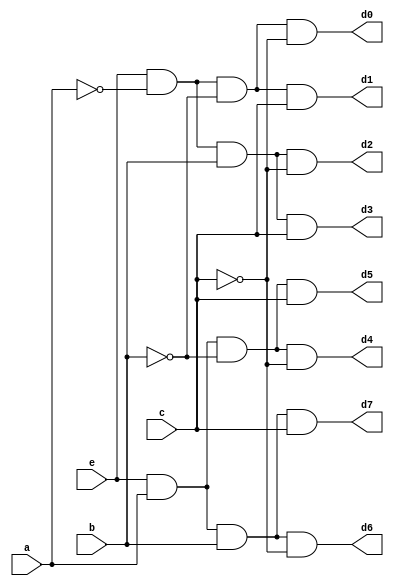
`timescale 1ns / 1ps
//////////////////////////////////////////////////////////////////////////////////
// Company: 
// Engineer: 
// 
// Design Name: 
// Module Name: Decoder_structural_source
// Project Name: 
// Target Devices: 
// Tool Versions: 
// Description: 
// 
// Dependencies: 
// 
// Revision:
// Revision 0.01 - File Created
// Additional Comments:
// 
//////////////////////////////////////////////////////////////////////////////////


module Decoder_structural_source(
    input e,
    input a,
    input b,
    input c,
    output d0,
    output d1,
    output d2,
    output d3,
    output d4,
    output d5,
    output d6,
    output d7
    );
    
    //Defining wires for not signals
    wire a_not, b_not, c_not;
    
    //Instantiating Not gates as per the schematic
    not n0 (a_not, a);
    not n1 (b_not, b);
    not n2 (c_not, c);
    
    //Instantiating And gates as per the schematic
    
    and g0 (d0, e, a_not, b_not, c_not);
    and g1 (d1, e, a_not, b_not, c);
    and g2 (d2, e, a_not, b, c_not);
    and g3 (d3, e, a_not, b, c);
    and g4 (d4, e, a, b_not, c_not);
    and g5 (d5, e, a, b_not, c);
    and g6 (d6, e, a, b, c_not);
    and g7 (d7, e, a, b, c);
    
endmodule